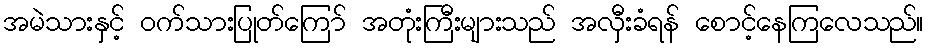
အမဲသားနှင့် ဝက်သားပြုတ်ကြော် အတုံးကြီးများသည် အလှီးခံရန် စောင့်နေကြလေသည်။